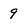
Character: 9